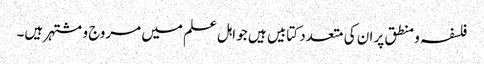
فلسفہ و منطق پر ان کی متعدد کتابیں ہیں جو اہل علم میں مروج و مشتہر ہیں۔